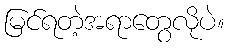
မြင်ရတဲ့အရာတွေလိုပဲ။